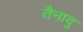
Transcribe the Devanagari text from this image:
तैनादु